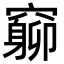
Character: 𥨚